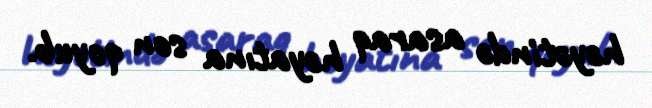
həyətində asaraq həyatına son qoyub.